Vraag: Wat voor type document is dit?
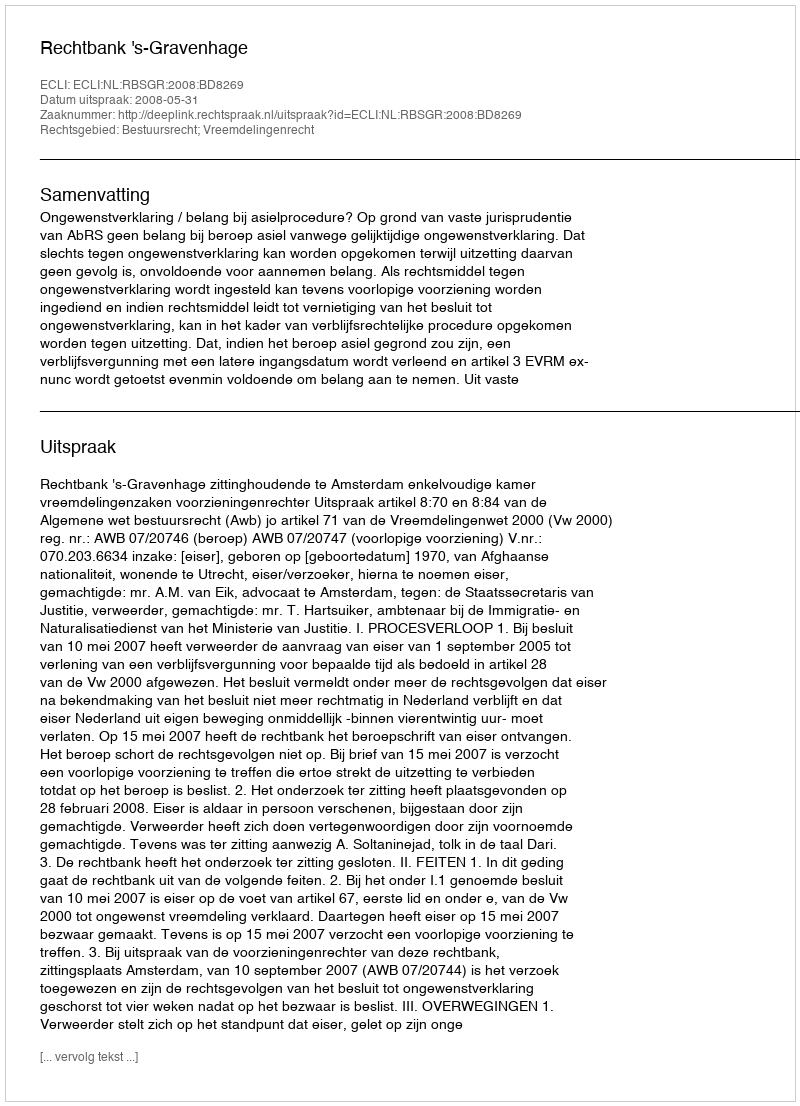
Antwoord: Uitspraak